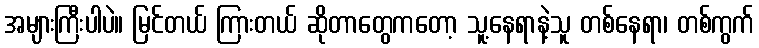
အများကြီးပါပဲ။ မြင်တယ် ကြားတယ် ဆိုတာတွေကတော့ သူ့နေရာနဲ့သူ တစ်နေရာ၊ တစ်ကွက်